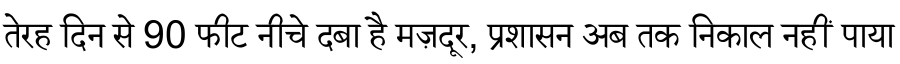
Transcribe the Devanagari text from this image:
तेरह दिन से 90 फीट नीचे दबा है मज़दूर, प्रशासन अब तक निकाल नहीं पाया